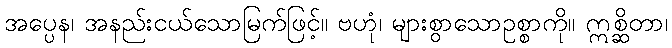
အပ္ပေန၊ အနည်းငယ်သောမြက်ဖြင့်။ ဗဟုံ၊ များစွာသောဥစ္စာကို။ ဣစ္ဆိတာ၊